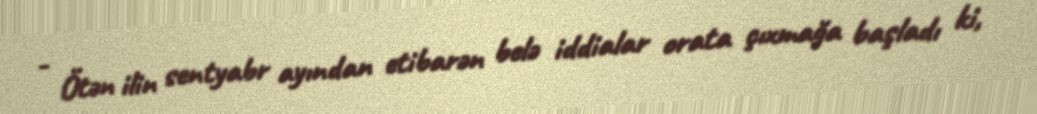
- Ötən ilin sentyabr ayından etibarən belə iddialar orata çıxmağa başladı ki,